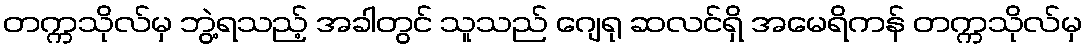
တက္ကသိုလ်မှ ဘွဲ့ရသည့် အခါတွင် သူသည် ဂျေရု ဆလင်ရှိ အမေရိကန် တက္ကသိုလ်မှ